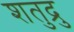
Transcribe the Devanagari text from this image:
शतुद्रु